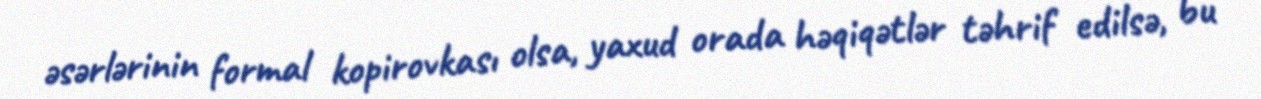
əsərlərinin formal kopirovkası olsa, yaxud orada həqiqətlər təhrif edilsə, bu